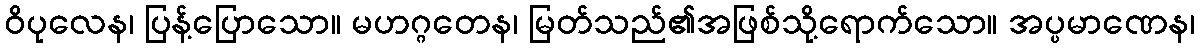
ဝိပုလေန၊ ပြန့်ပြောသော။ မဟဂ္ဂတေန၊ မြတ်သည်၏အဖြစ်သို့ရောက်သော။ အပ္ပမာဏေန၊